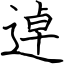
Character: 逴